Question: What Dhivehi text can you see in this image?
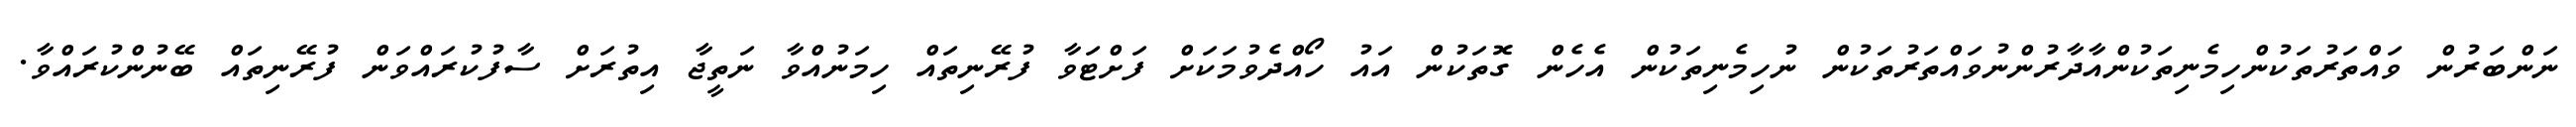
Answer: ނަންބަރުން ވައްތަރުތަކުންހިމެނިތަކުންއާދާރުންނުވައްތަރުތަކުން ނުހިމެނިތަކުން އެހެން ގޮތަކުން އައު ހޯއްދެވުމަކަށް ފަށްޓަވާ ފުރޭނިތައް ހިމަނުއްވާ ނަތީޖާ އިތުރަށް ސާފުކުރައްވަން ފުރޭނިތައް ބޭނުންކުރައްވާ.